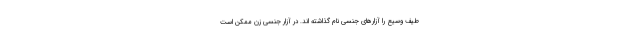
طیف وسیع را آزارهای جنسی نام گذاشته اند. در آزار جنسی زن ممکن است